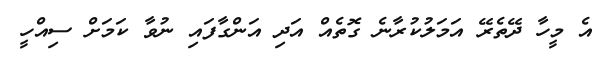
އެ މީހާ ދޭތެރޭ އަމަލުކުރާނެ ގޮތެއް އަދި އަންގާފައި ނުވާ ކަމަށް ސިއްހީ